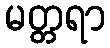
မတ္တရာ